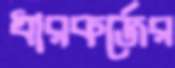
ধারকর্জের